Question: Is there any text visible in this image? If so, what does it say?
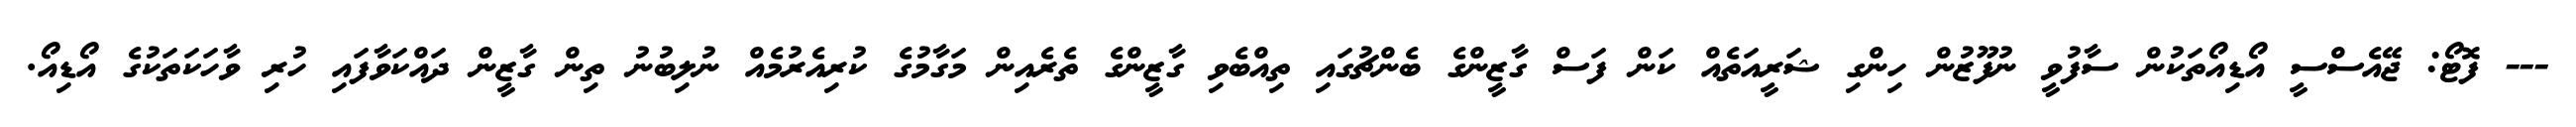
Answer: --- ފޮޓޯ: ޖޭއެސްސީ އޯޑިއޯތަކުން ސާފުވީ ނުފޫޒުން ހިންގި ޝަރީއަތެއް ކަން ފަސް ގާޒީންގެ ބެންޗުގައި ތިއްބެވި ގާޒީންގެ ތެރެއިން މަގާމުގެ ކުރިއެރުމެއް ނުލިބުނު ތިން ގާޒީން ދައްކަވާފައި ހުރި ވާހަކަތަކުގެ އޯޑިއޯ.